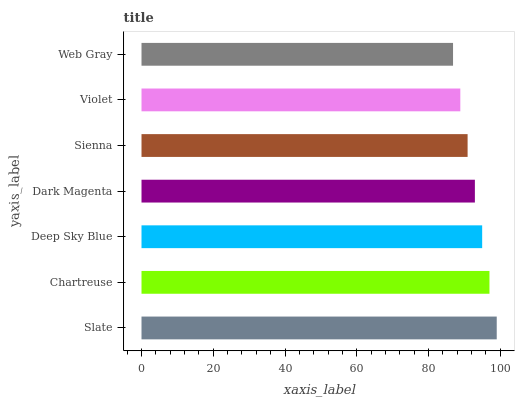
| yaxis_label | bars |
 | --- | --- |
 | Slate | 99 |
 | Chartreuse | 97 |
 | Deep Sky Blue | 94.9 |
 | Dark Magenta | 92.9 |
 | Sienna | 90.9 |
 | Violet | 88.9 |
 | Web Gray | 86.8 |